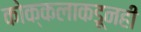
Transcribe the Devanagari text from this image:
कोक्कलाकडूनही